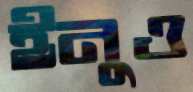
ইনুও